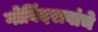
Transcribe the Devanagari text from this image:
गोविंदरावांचे